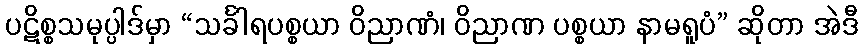
ပဋိစ္စသမုပ္ပါဒ်မှာ “သင်္ခါရပစ္စယာ ဝိညာဏံ၊ ဝိညာဏ ပစ္စယာ နာမရူပံ” ဆိုတာ အဲဒီ